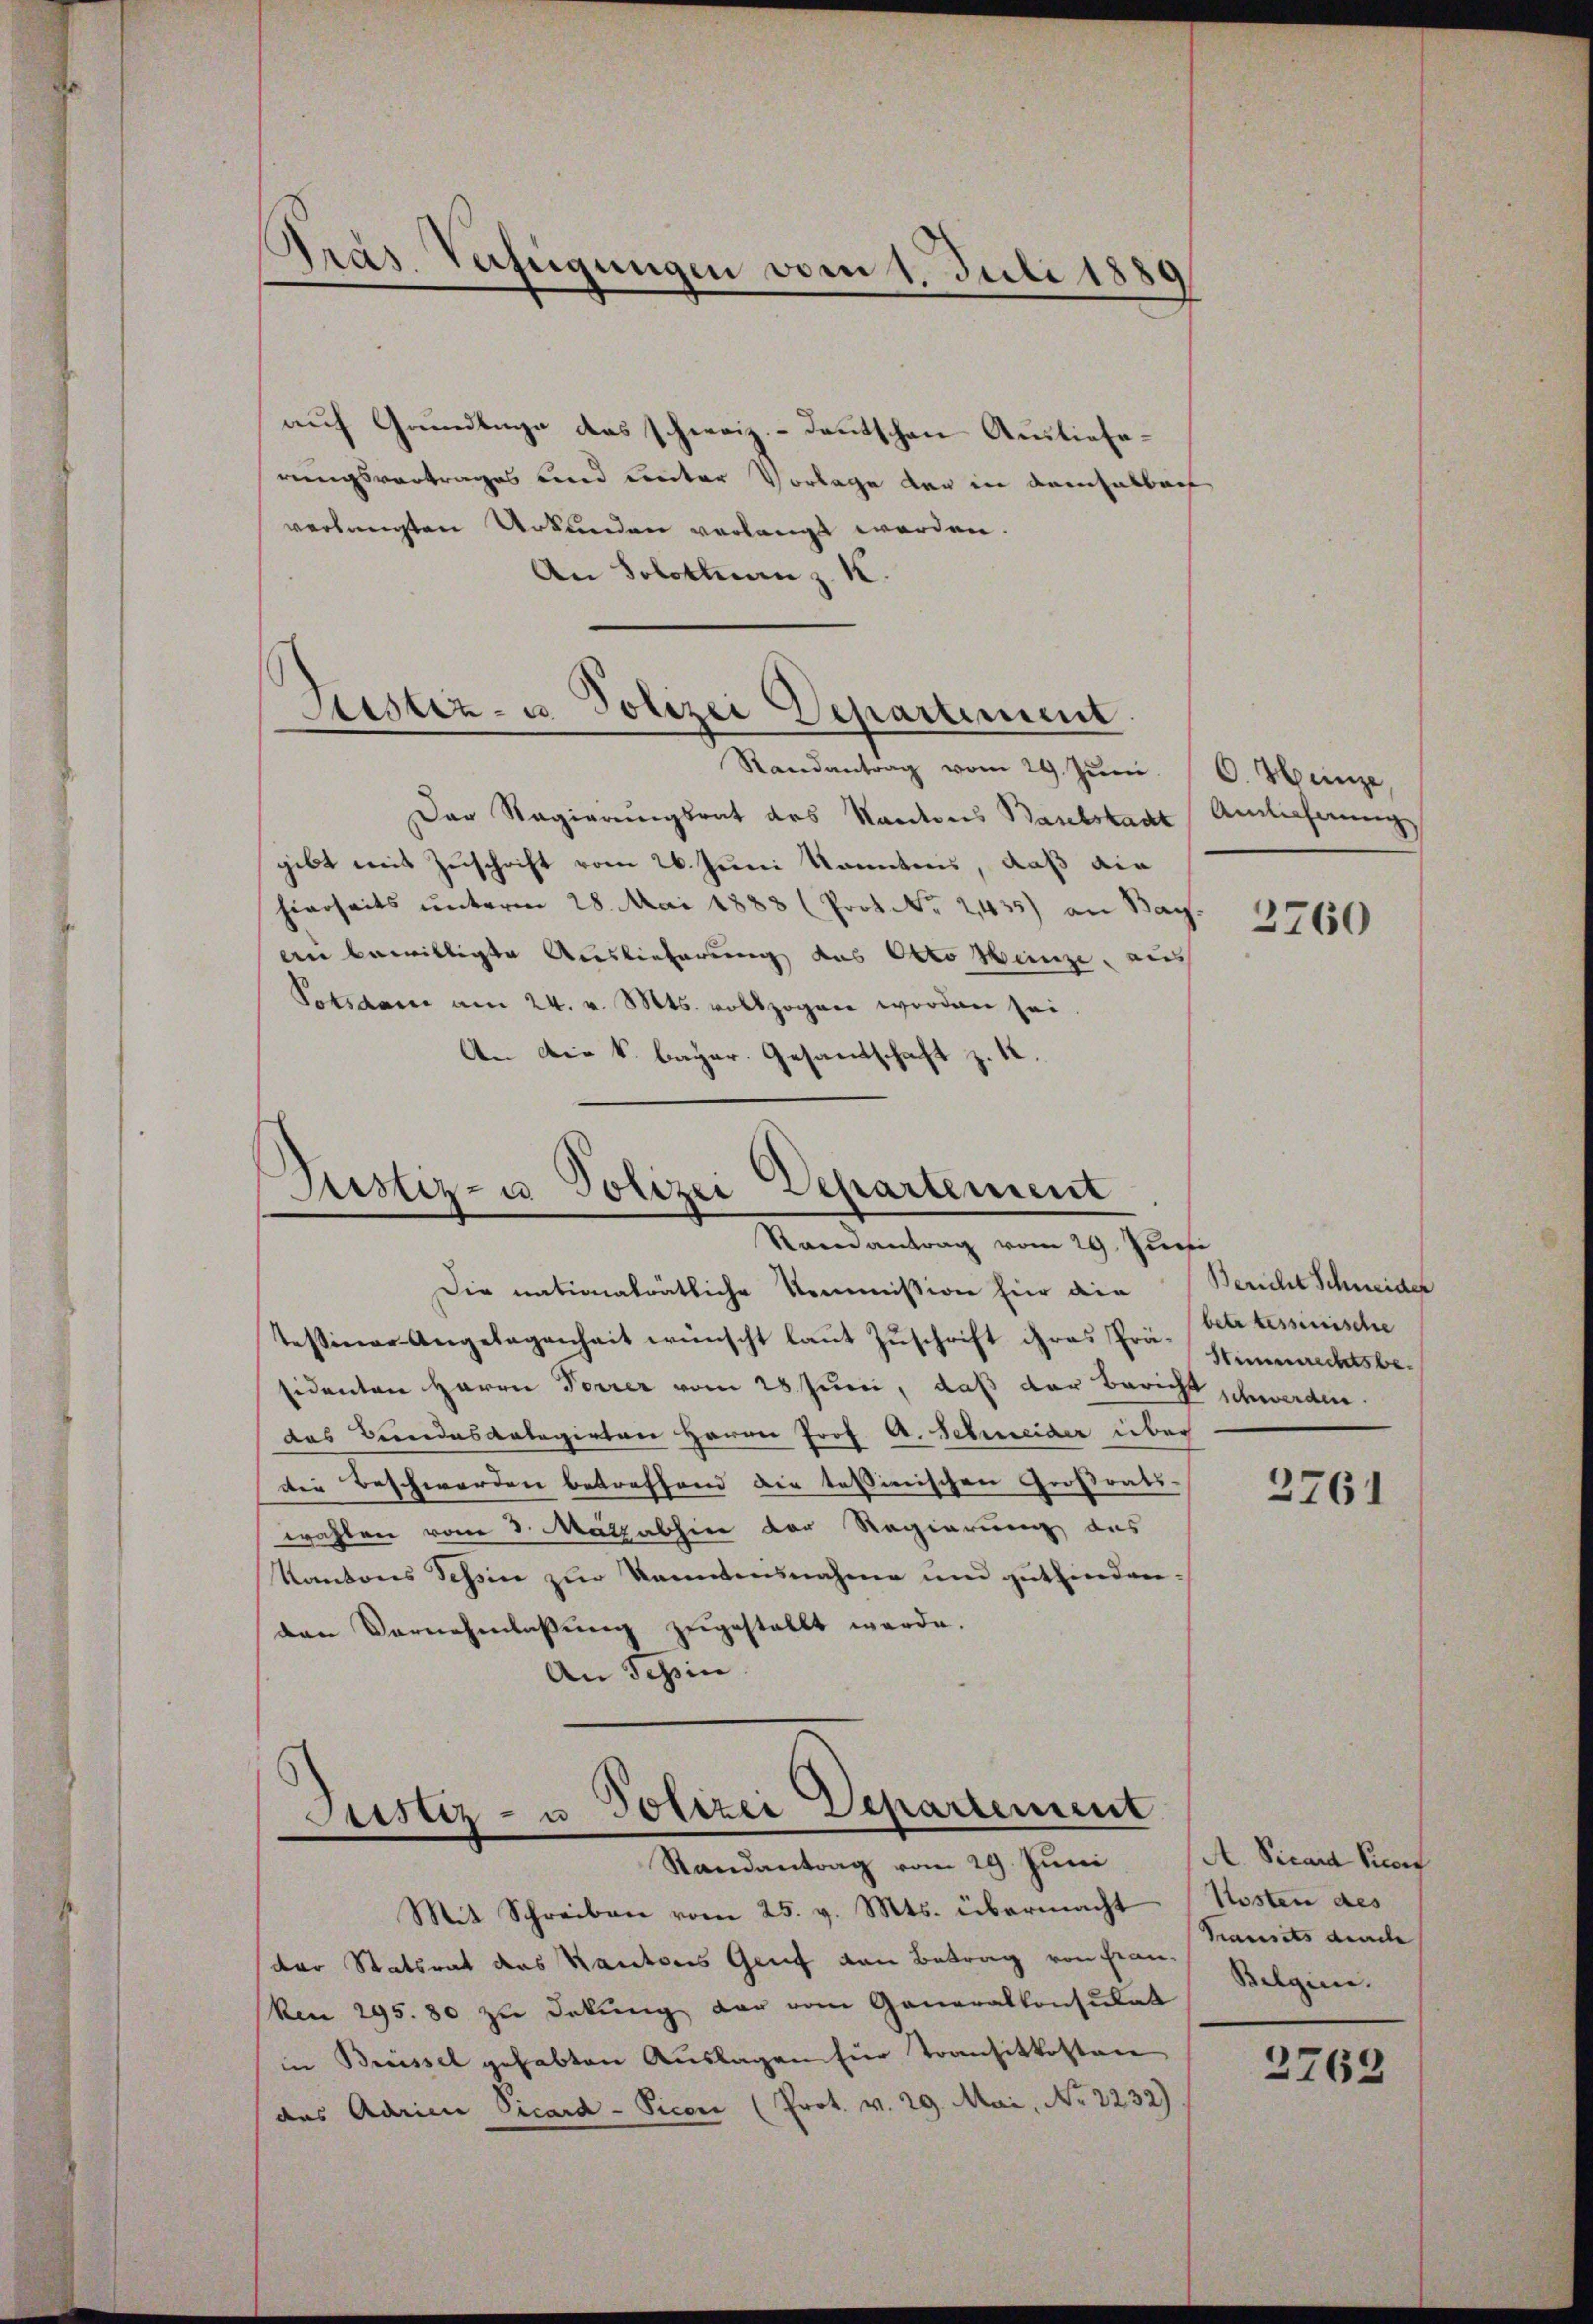
Präs. Verfügungen vom 1. Juli 1881

auf Grundlage das schweiz. Deutschen Auslieferungsvortrages und unter Vorlage der in damsalbach
verlangten Urkunden verlangt werden.
An Solothurn z. K

Justiz- u. Polizei Departement.
Randantrag vom 29. Jŭni C. Heinze,

Der Regierungsrat des Kantons Baselstadt
gibt mit Zuschrift vom 26. Juni Kenntnis, daß die
hierseits unterm 28. Mai 1883 (Prot. Nr. 2435) an Bay
au bewilligte Auslieferung des Otto Hunze, aus
Potsdame am 24. v. Mts. vollzogen worden sei
An die k. bayer. Gesandschaft z. K.

Justiz- u Polizei Departement
Stainantrag vom 29. Juni

Die nationalrätliche Kommission hier die
Tessiner Angelegenheit wünscht laut Zuschrift ihres Prä-Stimmechtsbesidenten Herrn Forrer vom 28. Juni, daß der Bericht schwerden.
das Bundesanlegirten Herrn Prof. A. Schweider über
die Beschwerden betreffend die tessinischen Großrats-
wahlen vom 3. Mätzabhin der Regierung des
Kantons Tessin zur Kenntnisnahme und gutfinden.
den Vernehmlassŭng zugestellt werde.
An Schin

Justiz- u Polizei Departement
e
—
Randantrag vom 29. Juni

Mit Schreiben vom 25. v. Mts. übermacht
der Statsrat des Kantons Genf von Betrag von Franken 295. 80 zu Dekŭng dar vom Generalkonsulat
in Breissel gehabten Auslagen für Transitkosten
das Adrien Vicard-Picon (Prot. v. 29. Mai, No 2232)

Amlicherung

2760

Bericht Schneider
betr tessinische

3761

A. Vicara Picos
Kosten des
Transits diach
Belgien.

2762